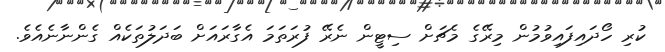
ކުރި ހޯދައިފައިވުމުން މިރޭގެ މެޗަށް ސިޓީން ނެރޭ ފުރަތަމަ އެގާރައަށް ބަދަލުތަކެއް ގެންނާނެއެވެ.